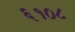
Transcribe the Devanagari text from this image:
६१०८